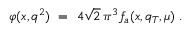
\varphi ( x , q ^ { 2 } ) \ = \ 4 \sqrt 2 \, \pi ^ { 3 } f _ { a } ( x , q _ { T } , \mu ) \; .